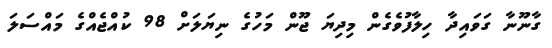
ގާނޫނާ ގަވައިދާ ހިލާފުވެގެން މިދިޔަ ޖޫން މަހުގެ ނިޔަލަށް 98 ކުއްޖެއްގެ މައްސަލަ